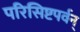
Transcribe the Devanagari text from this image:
परिसिष्टपर्वन्‌